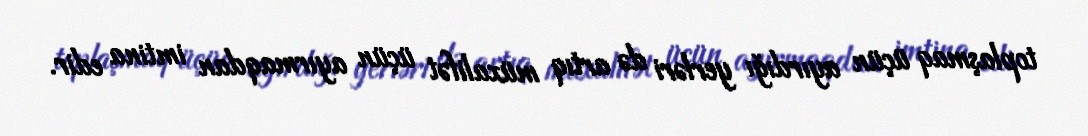
toplaşmaq üçün ayırdığı yerləri də artıq müxalifət üçün ayırmaqdan imtina edir.